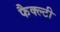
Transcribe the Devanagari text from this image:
फैक्ल्टी